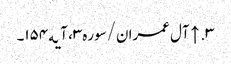
۳. ↑ آل عمران/سوره۳، آیه۱۵۴۔